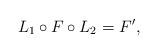
LaTeX: \begin{align*}L_1 \circ F \circ L_2 = F',\end{align*}